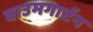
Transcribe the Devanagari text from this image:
बाउमगार्टन